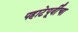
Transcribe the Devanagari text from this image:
पहाटेपूर्वींचा